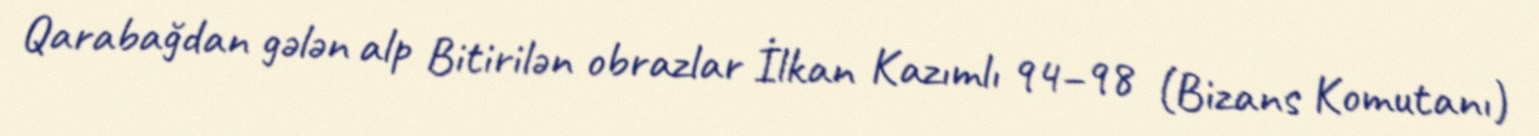
Qarabağdan gələn alp Bitirilən obrazlar İlkan Kazımlı 94–98 (Bizans Komutanı)